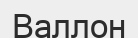
Валлон